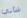
شأني